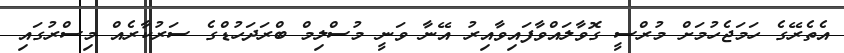
އެތެރޭގެ ހަމަޖެހުމަށް މުރްސީ ގޮވާލައްވާފައިވާއިރު އޭނާ ވަނީ މުސްލިމް ބްރަދަހުޑްގެ ސަރުކާރެއް މިސްރުގައި